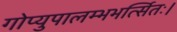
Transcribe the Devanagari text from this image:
गोप्युपालम्भभर्त्सितः।